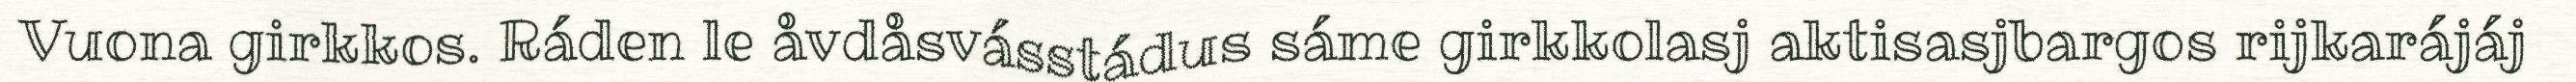
Vuona girkkos. Ráden le åvdåsvásstádus sáme girkkolasj aktisasjbargos rijkarájáj